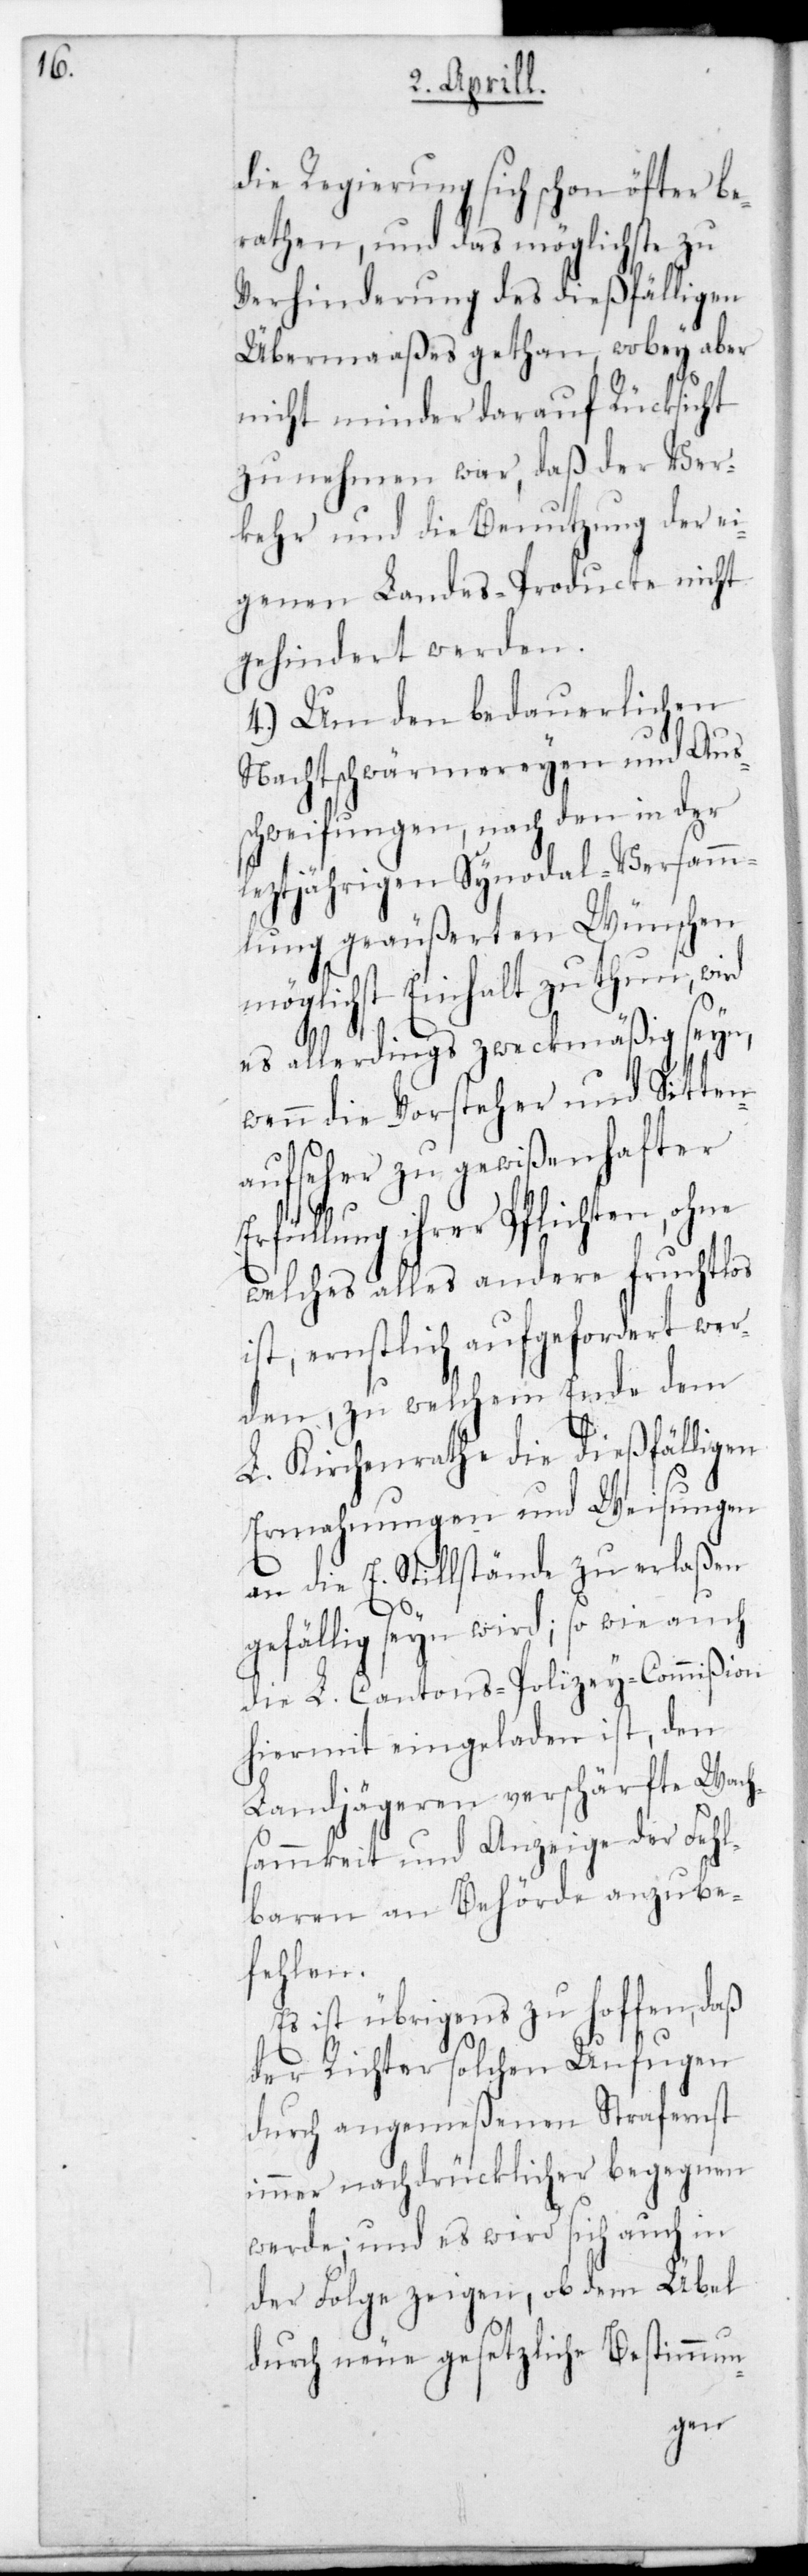
die Regierung sich schon öfter be¬
raten, und das Möglichste zu
Verhinderung des dießfälligen
Übermaaßes getan, wobey aber
nicht minder darauf Rücksicht
zu nehmen war, daß der Ver¬
kehr und die Benutzung der ei¬
genen Landes-Producte nicht
gehinderet werden.
4.) Um den bedauerlichen
Nachtschwärmereien und Aus¬
schweifungen, nach den in der
letztjährigen Synodal-Versamm¬
lung gäußereten Wünschen
möglichst Einhalt zu thun, wird
es allerdings zweckmäßig seyn,
wenn die Vorsteher und Sitten¬
aufseher zu gewißenhafter
Erfüllung ihrer Pflichten, ohne
welches alles andere fruchtlos
ist, ernstlich aufgefordert wer¬
den, zu welchem Ende dem
L. Kirchenrate die dießfälligen
Ermahnungen und Weisungen
an die E. Stillstände zu erlaßen
gefällig sein wird; so wie auch
die L. Cantons-Polizey-Commißion
hiermit eingeladen ist, den
Landjägeren verschärfte Wach¬
sammkeit und Anzeige der Fehl¬
baren an Behörde anzube¬
fehlen.
Es ist übrigens zu hoffen, daß
der Richter solchen Unfugen
durch angemeßenen Strafernst
immer nachdrücklicher begegnen
werde; und es wird sich auch in
der Folge zeigen, ob dem Übel
durch neue gesetzliche Bestimmun-